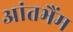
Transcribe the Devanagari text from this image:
आंतभैंम